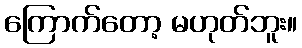
ကြောက်တော့ မဟုတ်ဘူး။